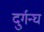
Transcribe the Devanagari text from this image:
दुर्गन्घ